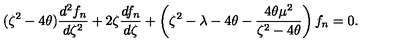
( \zeta ^ { 2 } - 4 \theta ) { \frac { d ^ { 2 } f _ { n } } { d \zeta ^ { 2 } } } + 2 \zeta { \frac { d f _ { n } } { d \zeta } } + \left( \zeta ^ { 2 } - \lambda - 4 \theta - { \frac { 4 \theta \mu ^ { 2 } } { \zeta ^ { 2 } - 4 \theta } } \right) f _ { n } = 0 .